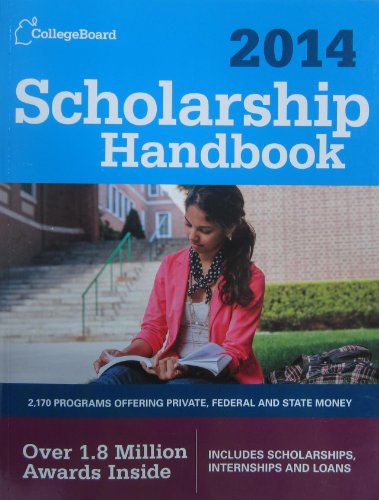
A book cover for Scholarship Handbook 2014 (College Board Scholarship Handbook); The College Board; Education & Teaching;